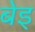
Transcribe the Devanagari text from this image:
बेइ